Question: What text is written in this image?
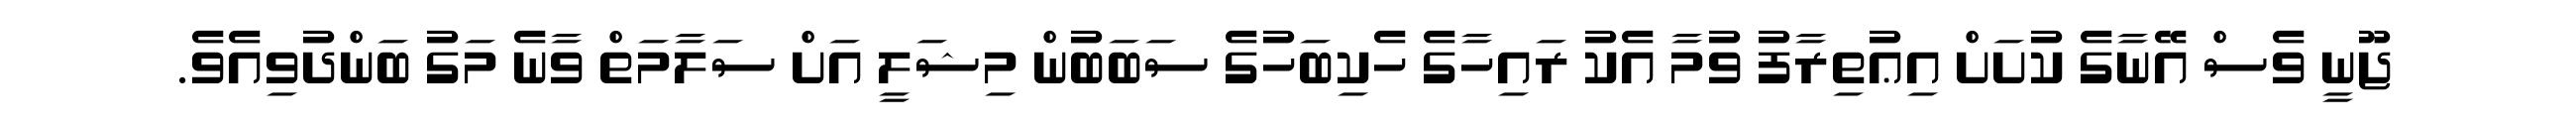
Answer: ޖޫނީ ވެސް އޭނާގެ ކުށަށް އިޢުތިރާފު ވުމާ އެކު ރައިހާގެ ހެކިބަހުގެ ސަބަބުން މިޝަލީ އަށް ސަލާމަތް ވާނެ މަގު ބަންދުވިއެވެ.